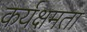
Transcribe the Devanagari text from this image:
कर्यक्षमता